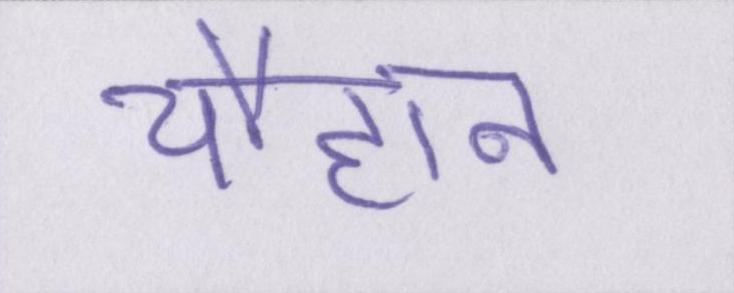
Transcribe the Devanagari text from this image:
चौहान